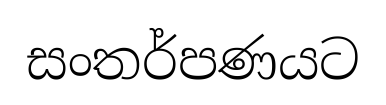
සංතර්පණයට